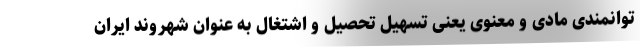
توانمندی مادی و معنوی یعنی تسهیل تحصیل و اشتغال به عنوان شهروند ایران